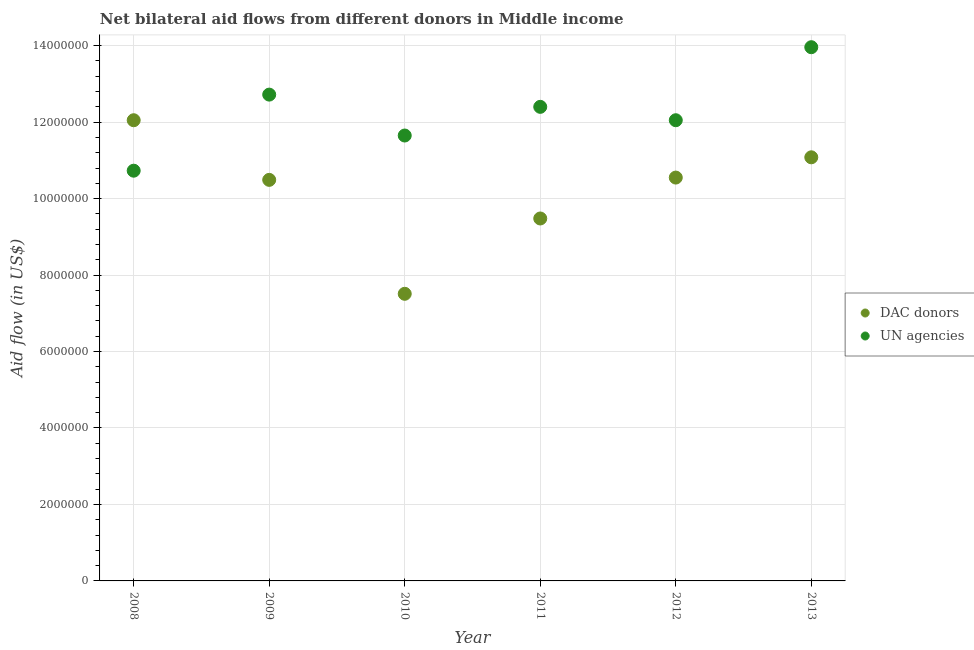
| Year | DAC donors | UN agencies |
 | --- | --- | --- |
 | 2008 | 1.20e+07 | 1.07e+07 |
 | 2009 | 1.05e+07 | 1.27e+07 |
 | 2010 | 7.51e+06 | 1.16e+07 |
 | 2011 | 9.48e+06 | 1.24e+07 |
 | 2012 | 1.06e+07 | 1.20e+07 |
 | 2013 | 1.11e+07 | 1.4e+07 |